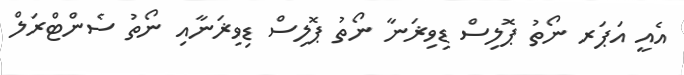
އެއީ އަޕަރ ނޯތު ޕޮލިސް ޑިވިޜަނާ ނޯތު ޕޮލިސް ޑިވިޜަނާއި ނޯތު ސެންޓްރަލް